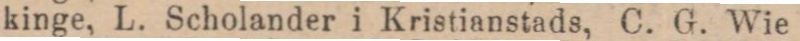
kinge, L. Scholander i Kristianstads, C. G. Wie